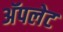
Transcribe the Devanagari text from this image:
अॅपलेट